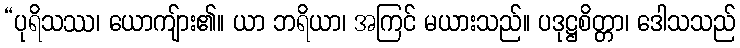
“ပုရိသဿ၊ ယောကျ်ား၏။ ယာ ဘရိယာ၊ အကြင် မယားသည်။ ပဒုဋ္ဌစိတ္တာ၊ ဒေါသသည်